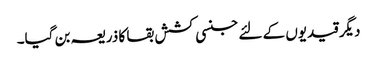
دیگر قیدیوں کے لئے جنسی کشش بقا کا ذریعہ بن گیا۔